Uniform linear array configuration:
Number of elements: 32
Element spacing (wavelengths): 0.25
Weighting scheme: hann
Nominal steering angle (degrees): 30
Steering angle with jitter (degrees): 31.194
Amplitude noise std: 0.05
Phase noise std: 0.05

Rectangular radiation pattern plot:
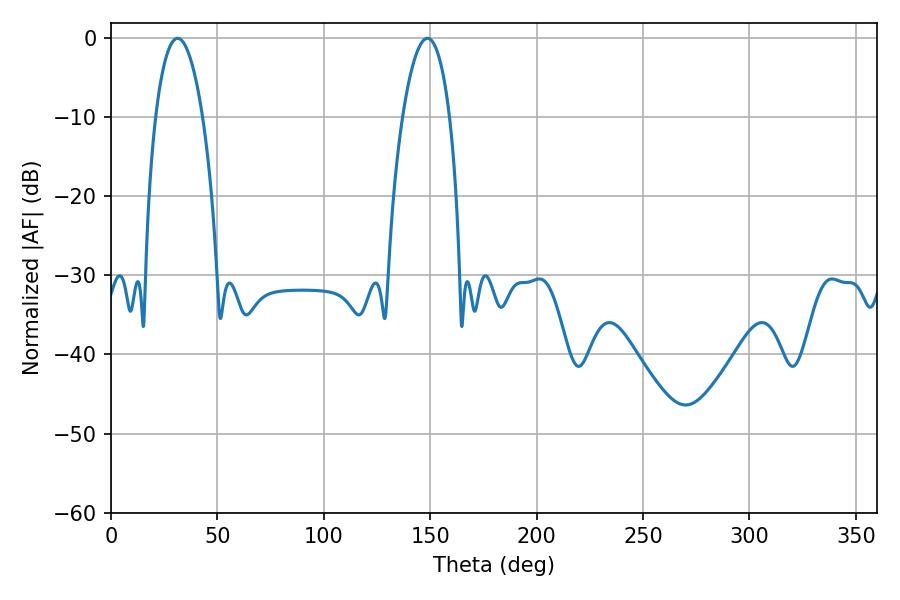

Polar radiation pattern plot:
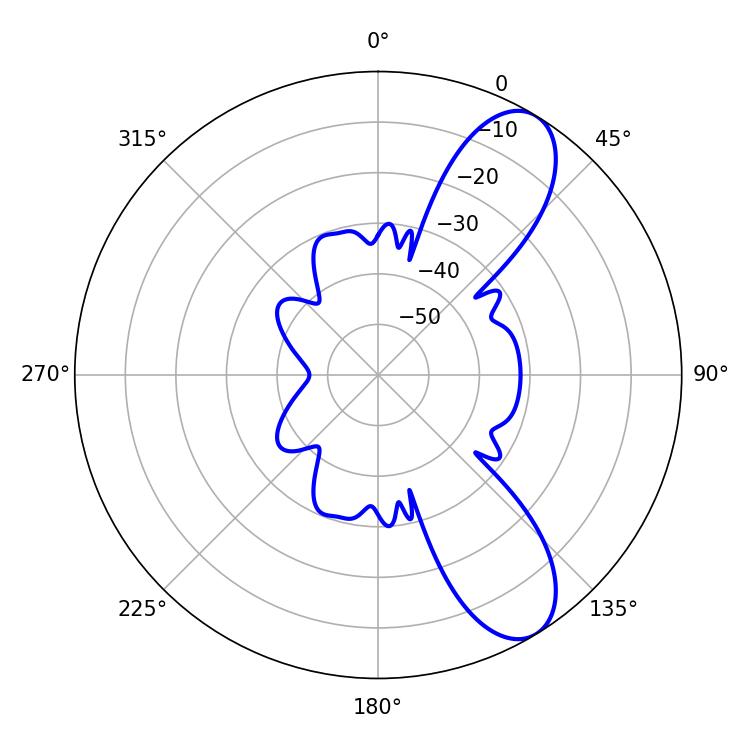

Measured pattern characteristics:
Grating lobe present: FALSE
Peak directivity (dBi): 9.209
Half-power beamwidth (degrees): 12.24
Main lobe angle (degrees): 148.68